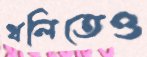
থলিতেও